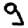
Digit: 9